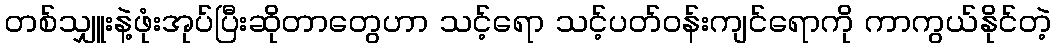
တစ်သျှူးနဲ့ဖုံးအုပ်ပြီးဆိုတာတွေဟာ သင့်ရော သင့်ပတ်ဝန်းကျင်ရောကို ကာကွယ်နိုင်တဲ့